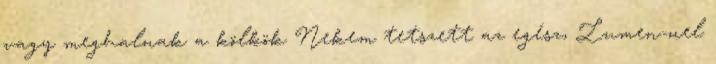
vagy meghalnak a kölkök Nekem tetszett az egész, Lumen-nel